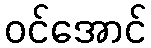
ဝင်အောင်